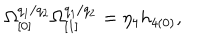
LaTeX: \Omega _ { \lbrack 0 ] } ^ { q _ { 1 } / q _ { 2 } } \Omega _ { \lbrack 1 ] } ^ { q _ { 1 } / q _ { 2 } } = \eta _ { 4 } h _ { 4 ( 0 ) } ,